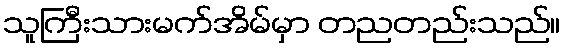
သူကြီးသားမက်အိမ်မှာ တညတည်းသည်။